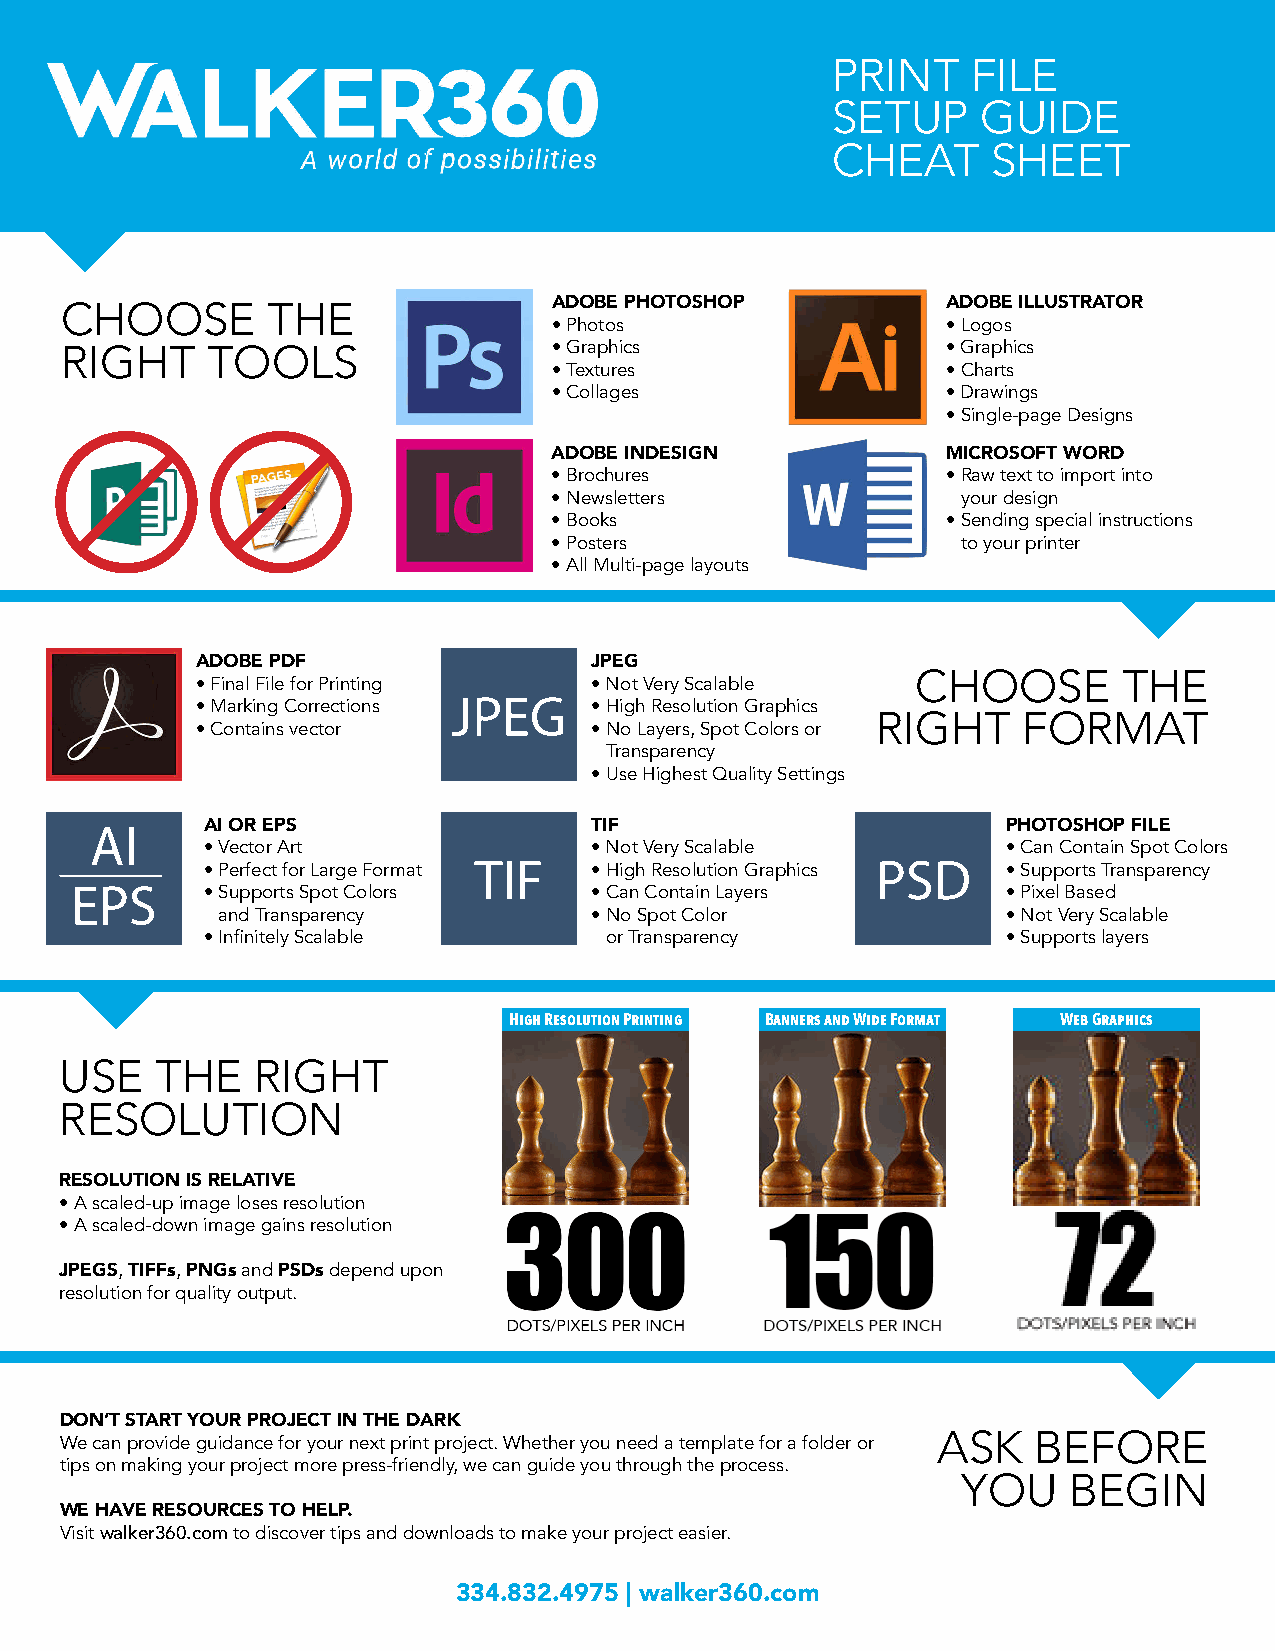
PRINT    FILE
 SETUP     GUIDE
 CHEAT      SHEET
 CHOOSE        THE                ADOBE PHOTOSHOP           ADOBE ILLUSTRATOR
 •Photos                   •Logos
 RIGHT     TOOLS                  •Graphics                 •Graphics
 •Textures                 •Charts
 •Collages                 •Drawings
 •Single-page Designs
 ADOBE INDESIGN            MICROSOFT WORD
 •Brochures                • Raw text to import into
 •Newsletters               your design
 •Books                    • Sending special instructions
 •Posters                   to your printer
 •All Multi-page layouts
 ADOBE PDF                 JPEG
 CHOOSE       THE
 •Final File for Printing  •Not Very Scalable
 •Marking Corrections JPEG • High Resolution Graphics
 RIGHT     FORMAT
 •Contains vector          • No Layers, Spot Colors or
 Transparency
 •Use Highest Quality Settings
 AI     AI OR EPS                 TIF                         PHOTOSHOP FILE
 •Vector Art               •Not Very Scalable          •Can Contain Spot Colors
 •Perfect for Large Format TIF • High Resolution Graphics PSD • Supports Transparency
 EPS     • Supports Spot Colors    •Can Contain Layers         •Pixel Based
 and Transparency         • No Spot Color             •Not Very Scalable
 •Infinitely Scalable       or Transparency            •Supports layers
 High Resolution Printing Banners and Wide Format Web Graphics
 USE   THE    RIGHT
 RESOLUTION
 RESOLUTION IS RELATIVE
 •A scaled-up image loses resolution
 •A scaled-down image gains resolution
 JPEGS, TIFFs, PNGs and PSDs depend upon
 resolution for quality output.
 DON’T START YOUR PROJECT IN THE DARK
 ASK   BEFORE
 We can provide guidance for your next print project. Whether you need a template for a folder or
 tips on making your project more press-friendly, we can guide you through the process.
 YOU    BEGIN
 WE HAVE RESOURCES TO HELP.
 Visit walker360.com to discover tips and downloads to make your project easier.
 334.832.4975 | walker360.com